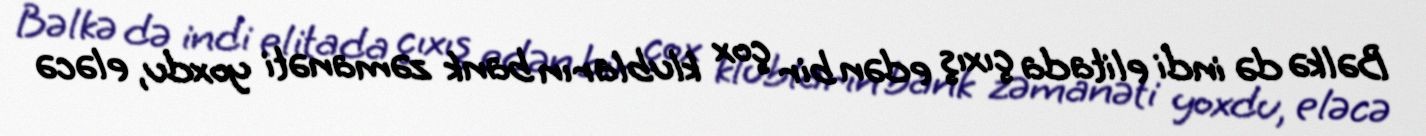
Bəlkə də indi elitada çıxış edən bir çox klubların bank zəmanəti yoxdu, eləcə